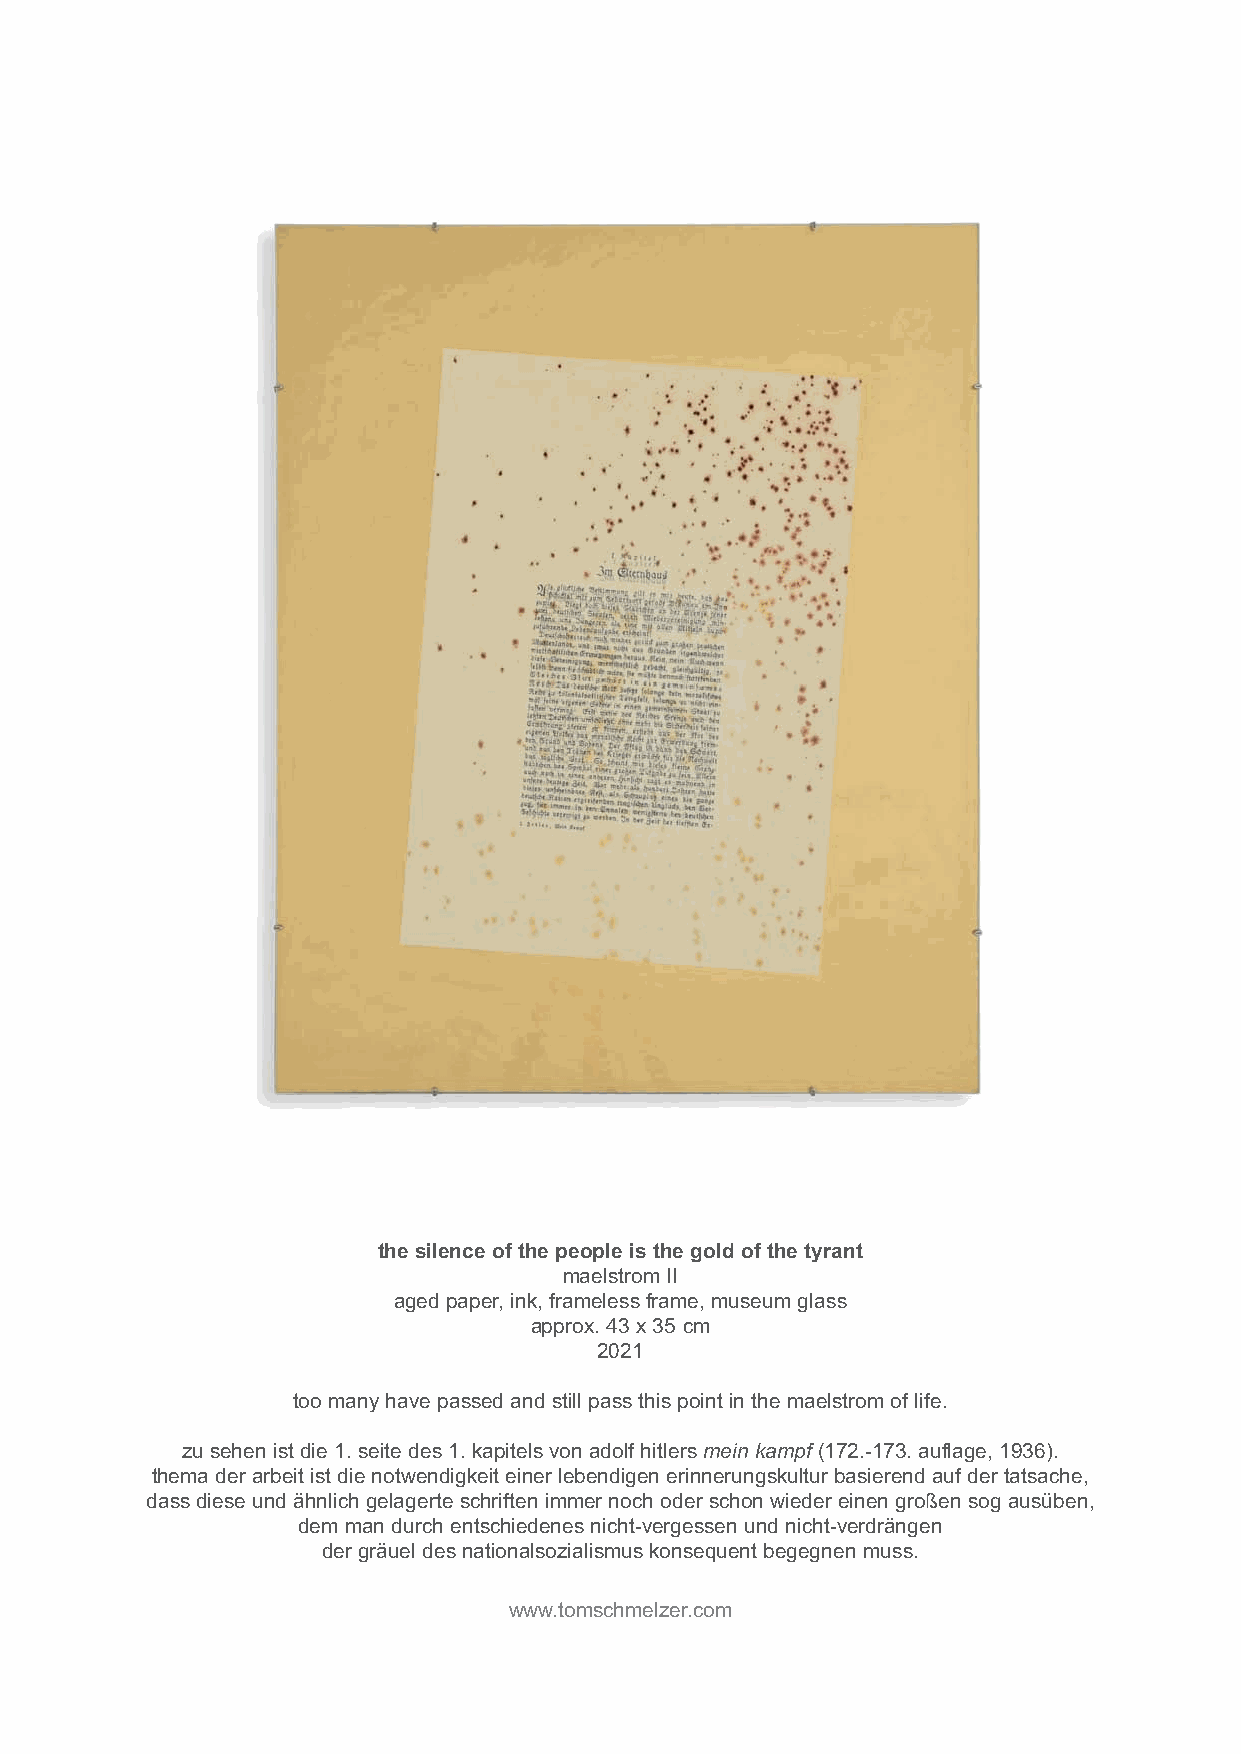
the silence of the people is the gold of the tyrant
 maelstrom II
 aged paper, ink, frameless frame, museum glass
 approx. 43 x 35 cm
 2021
 too many have passed and still pass this point in the maelstrom of life.
 zu sehen ist die 1. seite des 1. kapitels von adolf hitlers mein kampf (172.-173. auflage, 1936).
 thema der arbeit ist die notwendigkeit einer lebendigen erinnerungskultur basierend auf der tatsache,
 dass diese und ähnlich gelagerte schriften immer noch oder schon wieder einen großen sog ausüben,
 dem man durch entschiedenes nicht-vergessen und nicht-verdrängen
 der gräuel des nationalsozialismus konsequent begegnen muss.
 www.tomschmelzer.com